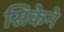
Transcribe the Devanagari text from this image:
सिकेने